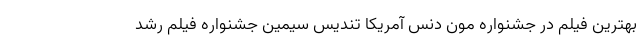
بهترین فیلم در جشنواره مون دنس آمریکا تندیس سیمین جشنواره فیلم رشد